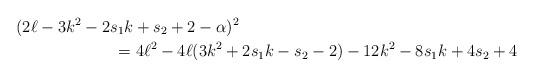
LaTeX: \begin{align*}&(2\ell-3k^2-2s_1k +s_2 + 2-\alpha)^2\\&\qquad\qquad\qquad=4\ell^2 -4\ell (3k^2+2s_1k-s_2-2) -12k^2-8s_1k+4s_2+4\end{align*}